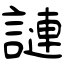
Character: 謰